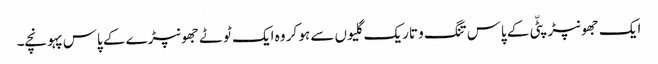
ایک جھونپڑپٹّی کے پاس تنگ و تاریک گلیوں سے ہو کر وہ ایک ٹوٹے جھونپڑے کے پاس پہونچے۔